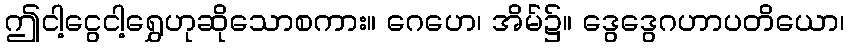
ဤငါ့ငွေငါ့ရွှေဟုဆိုသောစကား။ ဂေဟေ၊ အိမ်၌။ ဒွေဒွေဂဟာပတိယော၊